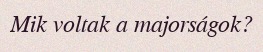
Mik voltak a majorságok?